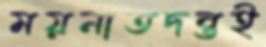
ময়নাতদন্তই